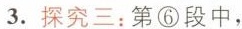
3.探究三：第⑥段中，